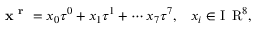
\mathrm { { \bf ~ x ~ ^ { r } ~ } } = x _ { 0 } \tau ^ { 0 } + x _ { 1 } \tau ^ { 1 } + \cdots x _ { 7 } \tau ^ { 7 } , \; \; \; x _ { i } \in \mathrm { I ~ \! ~ R } ^ { 8 } ,